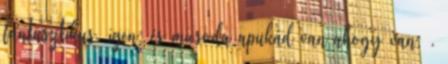
fantasztikus, igen: és micsoda apukád van ahogy van: .